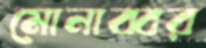
মোনাব্বর